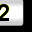
Digit: 2